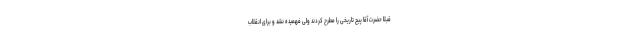
قبلا حضرت آقا پیچ تاریخی را مطرح کردند ولی فهمیده نشد و برای انقلاب